Indian journal of veterinary science and animal husbandry - Volume 2,
Year: 1932
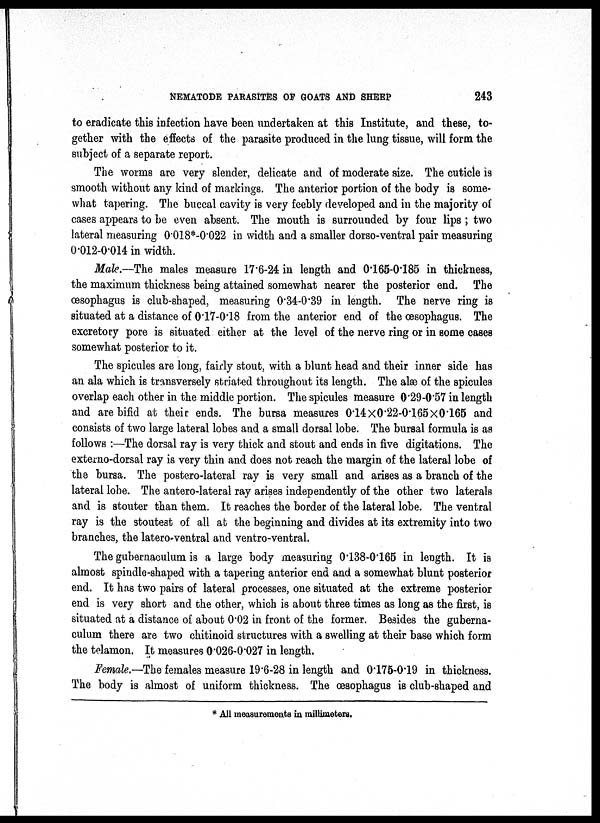
NEMATODE PARASITES OF GOATS AND SHEEP
243
to eradicate this infection have been undertaken at this Institute, and these, to-
gether with the effects of the parasite produced in the lung tissue, will form the
subject of a separate report.
The worms are very slender, delicate and of moderate size. The cuticle is
smooth without any kind of markings. The anterior portion of the body is some-
what tapering. The buccal cavity is very feebly developed and in the majority of
cases appears to be even absent. The mouth is surrounded by four lips ; two
lateral measuring 0.018*-0.022 in width and a smaller dorso-ventral pair measuring
0.012-0.014 in width.
Male.—The males measure 17.6-24 in length and 0.165-0.185 in thickness,
the maximum thickness being attained somewhat nearer the posterior end. The
œsophagus is club-shaped, measuring 0.34-0.39 in length. The nerve ring is
situated at a distance of 0.17-0.18 from the anterior end of the œsophagus. The
excretory pore is situated either at the level of the nerve ring or in some cases
somewhat posterior to it.
The spicules are long, fairly stout, with a blunt head and their inner side has
an ala which is transversely striated throughout its length. The alæ of the spicules
overlap each other in the middle portion. The spicules measure 0.29-0.57 in length
and are bifid at their ends. The bursa measures 0.14×0.22-0.165×0.165 and
consists of two large lateral lobes and a small dorsal lobe. The bursal formula is as
follows :—The dorsal ray is very thick and stout and ends in five digitations. The
externo-dorsal ray is very thin and does not reach the margin of the lateral lobe of
the bursa. The postero-lateral ray is very small and arises as a branch of the
lateral lobe. The antero-lateral ray arises independently of the other two laterals
and is stouter than them. It reaches the border of the lateral lobe. The ventral
ray is the stoutest of all at the beginning and divides at its extremity into two
branches, the latero-ventral and ventro-ventral.
The gubernaculum is a large body measuring 0.138-0.165 in length. It is
almost spindle-shaped with a tapering anterior end and a somewhat blunt posterior
end. It has two pairs of lateral processes, one situated at the extreme posterior
end is very short and the other, which is about three times as long as the first, is
situated at a distance of about 0.02 in front of the former. Besides the guberna-
culum there are two chitinoid structures with a swelling at their base which form
the telamon. It measures 0.026-0.027 in length.
Female.—The females measure 19.6-28 in length and 0.175-0.19 in thickness.
The body is almost of uniform thickness. The œsophagus is club-shaped and
* All measurements in millimeters.